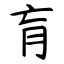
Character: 肓